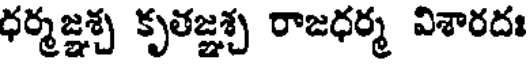
ధర్మజ్ఞశ్చ కృతజ్ఞశ్చ రాజధర్మ విశారదః